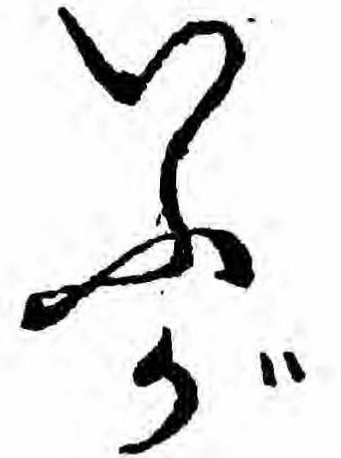
いふが